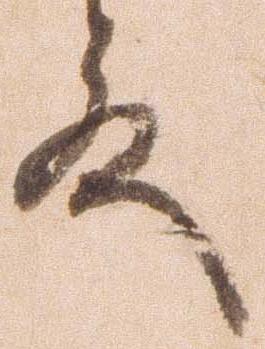
道